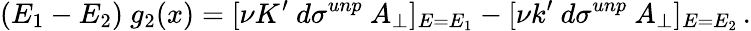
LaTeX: (E_{1}-E_{2})~g_{2}(x)=[\nu K^{\prime}~d\sigma^{unp}~A_{\perp}]_{E=E_{1}}-[\nu k^{\prime}~d\sigma^{unp}~A_{\perp}]_{E=E_{2}}\, .